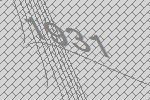
1931